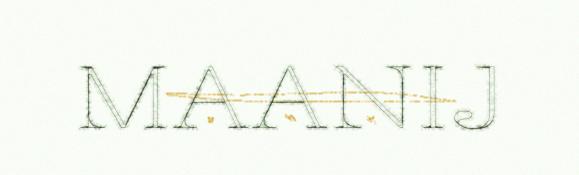
MAANIJ